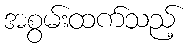
အစွမ်းထက်သည့်